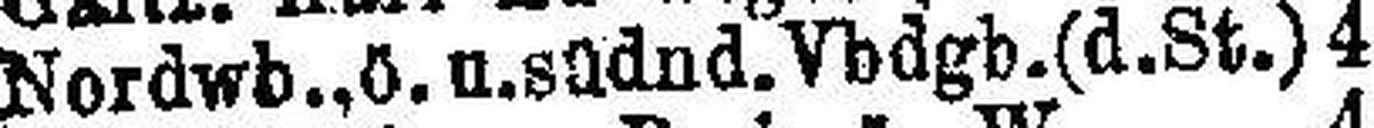
Nordwb., ö. u. südnd.Vbdgb.(d.St.) 4